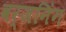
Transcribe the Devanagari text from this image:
वर्जनिंग